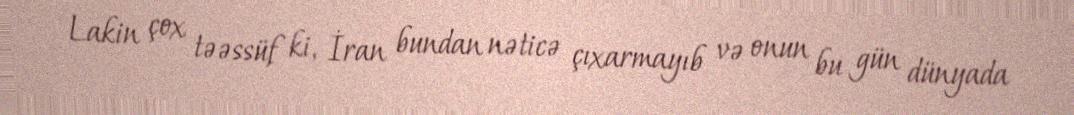
Lakin çox təəssüf ki, İran bundan nəticə çıxarmayıb və onun bu gün dünyada